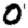
Digit: 0